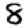
Digit: 8